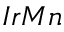
I r M n